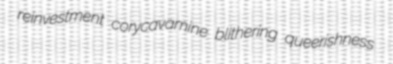
reinvestment corycavamine blithering queerishness